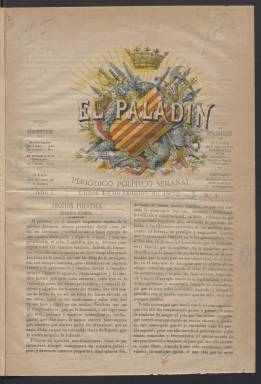
Título: El Paladín (Barcelona. 1872)
Colección: Periódicos
Ámbito geográfico: Barcelona
Lugar de publicación: Barcelona
Fechas: 14/10/1872-24/02/1873